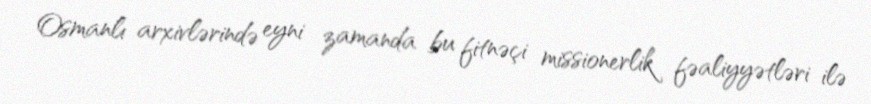
Osmanlı arxivlərində eyni zamanda bu fitnəçi missionerlik fəaliyyətləri ilə